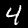
Digit: 4